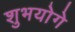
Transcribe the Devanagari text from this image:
शुभयोगे